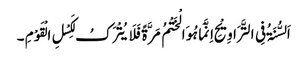
اَلسُّنَۃُ فِی التَّرَاوِیْحِ اِنَّمَا ہُوَالْخَتْمُ مَرَّۃً فَلَایُتْرَکُ لِکَسْلِ الْقَوْمِ ۔